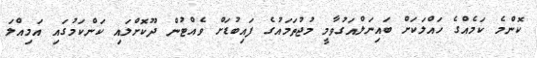
ކޮންމެ ކަމެއްގެ ހައްލަކަށް ބައިނަލްއަގުވާމީ މުޖުތަމައުގެ ފައިބުޑަށް ވެއްޓުން ދޫކޮށްލައި ކަންކަމުގައި އަމިއްލަ